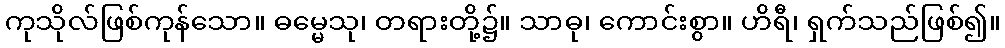
ကုသိုလ်ဖြစ်ကုန်သော။ ဓမ္မေသု၊ တရားတို့၌။ သာဓု၊ ကောင်းစွာ။ ဟိရီ၊ ရှက်သည်ဖြစ်၍။